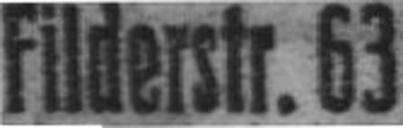
Filderstr. 63